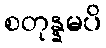
စတုန္နမပိ